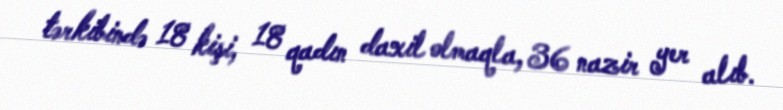
tərkibində 18 kişi, 18 qadın daxil olmaqla, 36 nazir yer alıb.